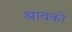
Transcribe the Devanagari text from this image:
श्रावको